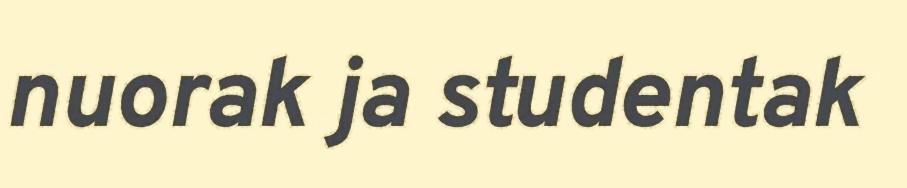
nuorak ja studentak